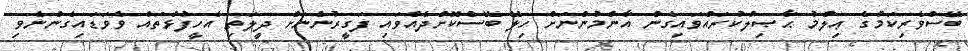
ބޭސްވެރިކަމުގެ ޢިލްމު ޙާޞިލްކުރައްވައިގެން އާންމުންނަށް ހިލޭ ބޭސްކޮށްދެއްވައި ފަގީރުންނަށް ދީލަތި އެހީފުޅުތައް ވެވަޑައިގެންނެވި